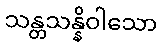
သန္တသန္နိဝါသော